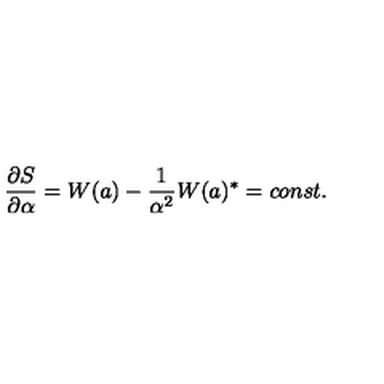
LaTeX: \frac { \partial S } { \partial \alpha } = W ( a ) - \frac { 1 } { \alpha ^ { 2 } } W ( a ) ^ { \ast } = c o n s t .